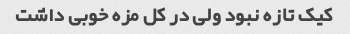
کیک تازه نبود ولی در کل مزه خوبی داشت